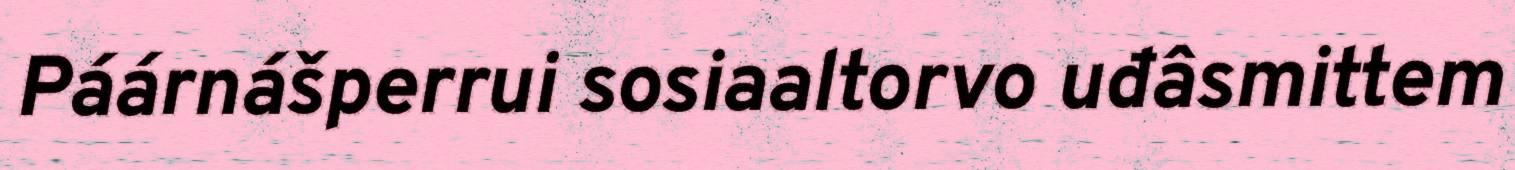
Páárnášperrui sosiaaltorvo uđâsmittem